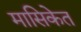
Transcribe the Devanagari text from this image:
मासिकेत